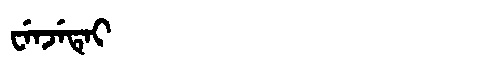
Manchu: ᠸᡝᠨᠵᡝᡨᡝᡳ
Romanization: WENJETEI